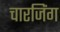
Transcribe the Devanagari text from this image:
चारजिंग